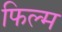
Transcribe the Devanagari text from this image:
फिल्म